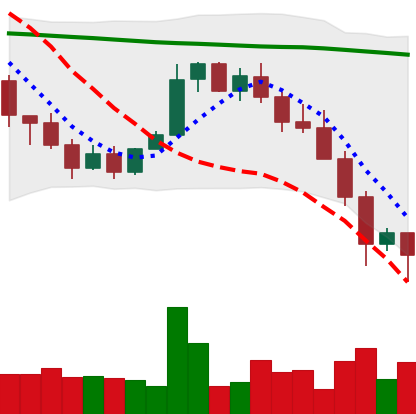
Ticker: XMR-USD
Chart end date: 2022-01-24
Forward return: 4.498%
Label: up_3_5